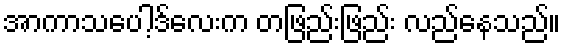
အာကာသပေါ့ဒ်လေးက တဖြည်းဖြည်း လည်နေသည်။